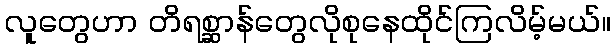
လူတွေဟာ တိရစ္ဆာန်တွေလိုစုနေထိုင်ကြလိမ့်မယ်။